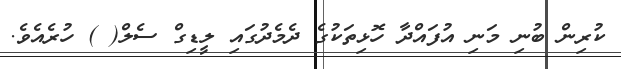
ކުރިން ބުނި މަނި އުފައްދާ ހޮޅިތަކުގެ ދެމެދުގައި ލީޑިގް ސެލް( ) ހުރެއެވެ.